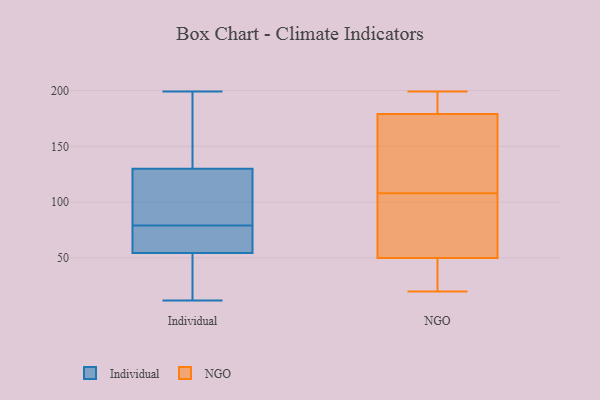
{"axis": {"x": "Tickets Resolved", "y": "Value"}, "legend": ["Individual", "NGO"], "data": [{"x": "", "y": 84, "type": "Individual"}, {"x": "", "y": 167, "type": "Individual"}, {"x": "", "y": 107, "type": "Individual"}, {"x": "", "y": 73, "type": "Individual"}, {"x": "", "y": 74, "type": "Individual"}, {"x": "", "y": 103, "type": "Individual"}, {"x": "", "y": 28, "type": "Individual"}, {"x": "", "y": 28, "type": "Individual"}, {"x": "", "y": 16, "type": "Individual"}, {"x": "", "y": 12, "type": "Individual"}, {"x": "", "y": 84, "type": "Individual"}, {"x": "", "y": 63, "type": "Individual"}, {"x": "", "y": 74, "type": "Individual"}, {"x": "", "y": 85, "type": "Individual"}, {"x": "", "y": 195, "type": "Individual"}, {"x": "", "y": 46, "type": "Individual"}, {"x": "", "y": 153, "type": "Individual"}, {"x": "", "y": 199, "type": "Individual"}, {"x": "", "y": 153, "type": "Individual"}, {"x": "", "y": 74, "type": "Individual"}, {"x": "", "y": 72, "type": "NGO"}, {"x": "", "y": 50, "type": "NGO"}, {"x": "", "y": 99, "type": "NGO"}, {"x": "", "y": 39, "type": "NGO"}, {"x": "", "y": 20, "type": "NGO"}, {"x": "", "y": 199, "type": "NGO"}, {"x": "", "y": 186, "type": "NGO"}, {"x": "", "y": 117, "type": "NGO"}, {"x": "", "y": 179, "type": "NGO"}, {"x": "", "y": 148, "type": "NGO"}, {"x": "", "y": 24, "type": "NGO"}, {"x": "", "y": 148, "type": "NGO"}, {"x": "", "y": 193, "type": "NGO"}, {"x": "", "y": 91, "type": "NGO"}]}